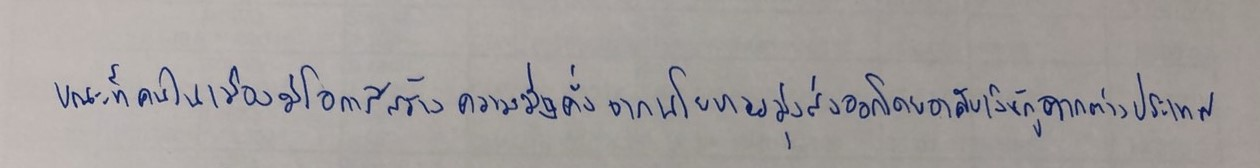
ขณะที่คนในเมืองมีโอกาสสร้างความมั่งคั่งจากนโยบายมุ่งส่งออกโดยอาศัยเงินกู้จากต่างประเทศ